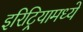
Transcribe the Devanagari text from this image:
इरिट्रियामध्ये